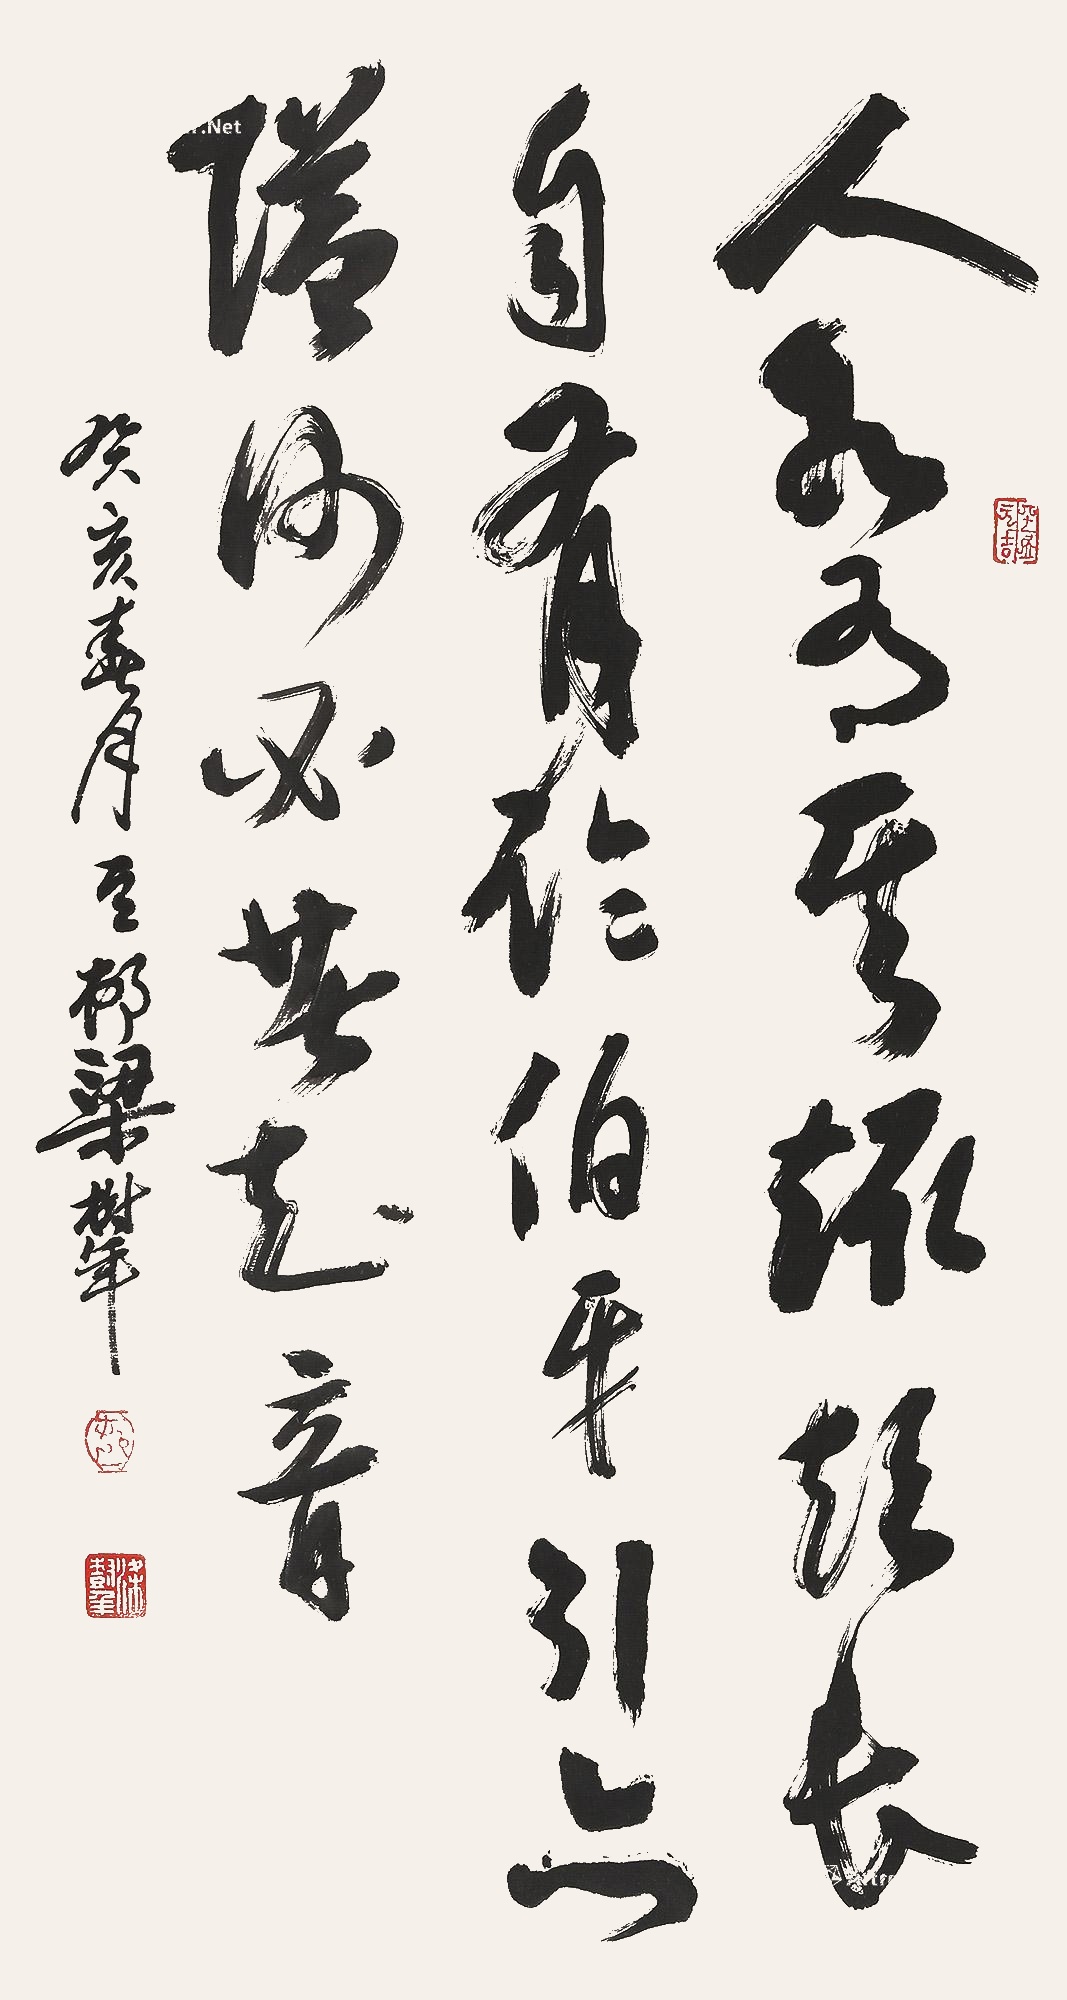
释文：人各有其趣，短长自有论。伯牙行亦隘，何必苦知音。癸亥（1983年）春月，豆邨梁树年。